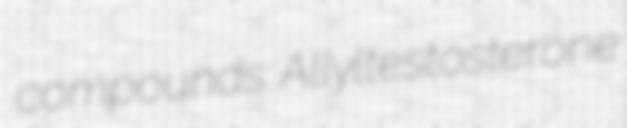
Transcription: compounds:  Allyltestosterone